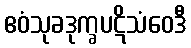
ဧဝံသုခဒုက္ခပဋိသံဝေဒီ